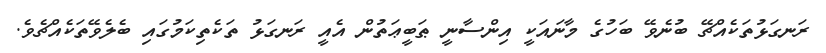
ރަނގަޅުތަކެއްޗޭ ބުނެވޭ ބަހުގެ މާނައަކީ އިންސާނީ ޠަބީޢަތުން އެއީ ރަނގަޅު ތަކެތިކަމުގައި ބެލެވޭތަކެއްޗެވެ.